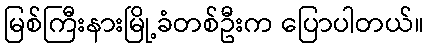
မြစ်ကြီးနားမြို့ခံတစ်ဦးက ပြောပါတယ်။